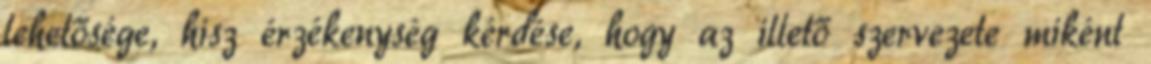
lehetősége, hisz érzékenység kérdése, hogy az illető szervezete miként